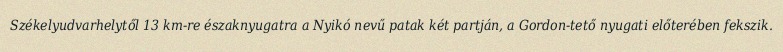
Székelyudvarhelytől 13 km-re északnyugatra a Nyikó nevű patak két partján, a Gordon-tető nyugati előterében fekszik.